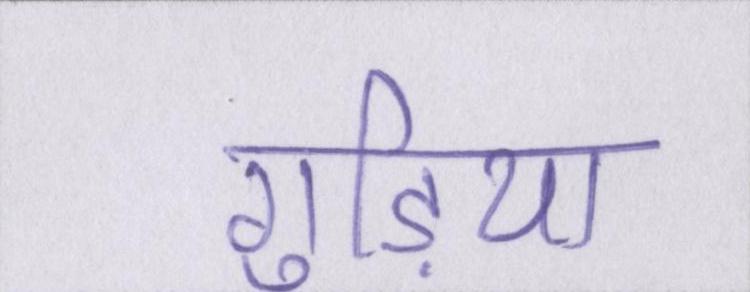
गुड़िया